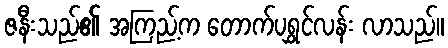
ဇနီးသည်၏ အကြည့်က တောက်ပရွှင်လန်း လာသည်။